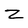
Character: z